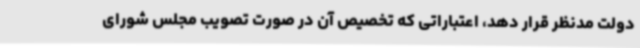
دولت مدنظر قرار دهد، اعتباراتی که تخصیص آن در صورت تصویب مجلس شورای